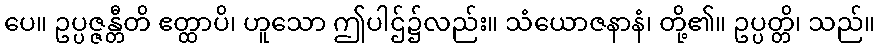
ပေ။ ဥပ္ပဇ္ဇန္တီတိ ဧတ္ထာပိ၊ ဟူသော ဤပါဌ်၌လည်း။ သံယောဇနာနံ၊ တို့၏။ ဥပ္ပတ္တိ၊ သည်။